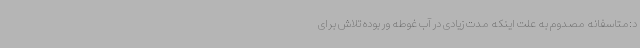
د:متاسفانه مصدوم به علت اینکه مدت زیادی در آب غوطه ور بوده تلاش برای